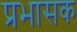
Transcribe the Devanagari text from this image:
प्रभासक